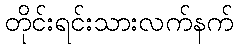
တိုင်းရင်းသားလက်နက်